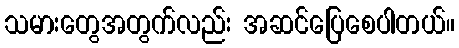
သမားတွေအတွက်လည်း အဆင်ပြေစေပါတယ်။